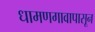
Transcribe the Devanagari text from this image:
धामणगावापासून